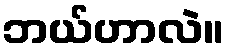
ဘယ်ဟာလဲ။